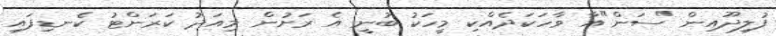
ފުލިދޫއިން "ސަން"އާ ވާހަކަދެއްކި މީހަކު ބުނީ އެ ރަށުން މިއަދު ކަރަންޓު ކެނޑިފައި